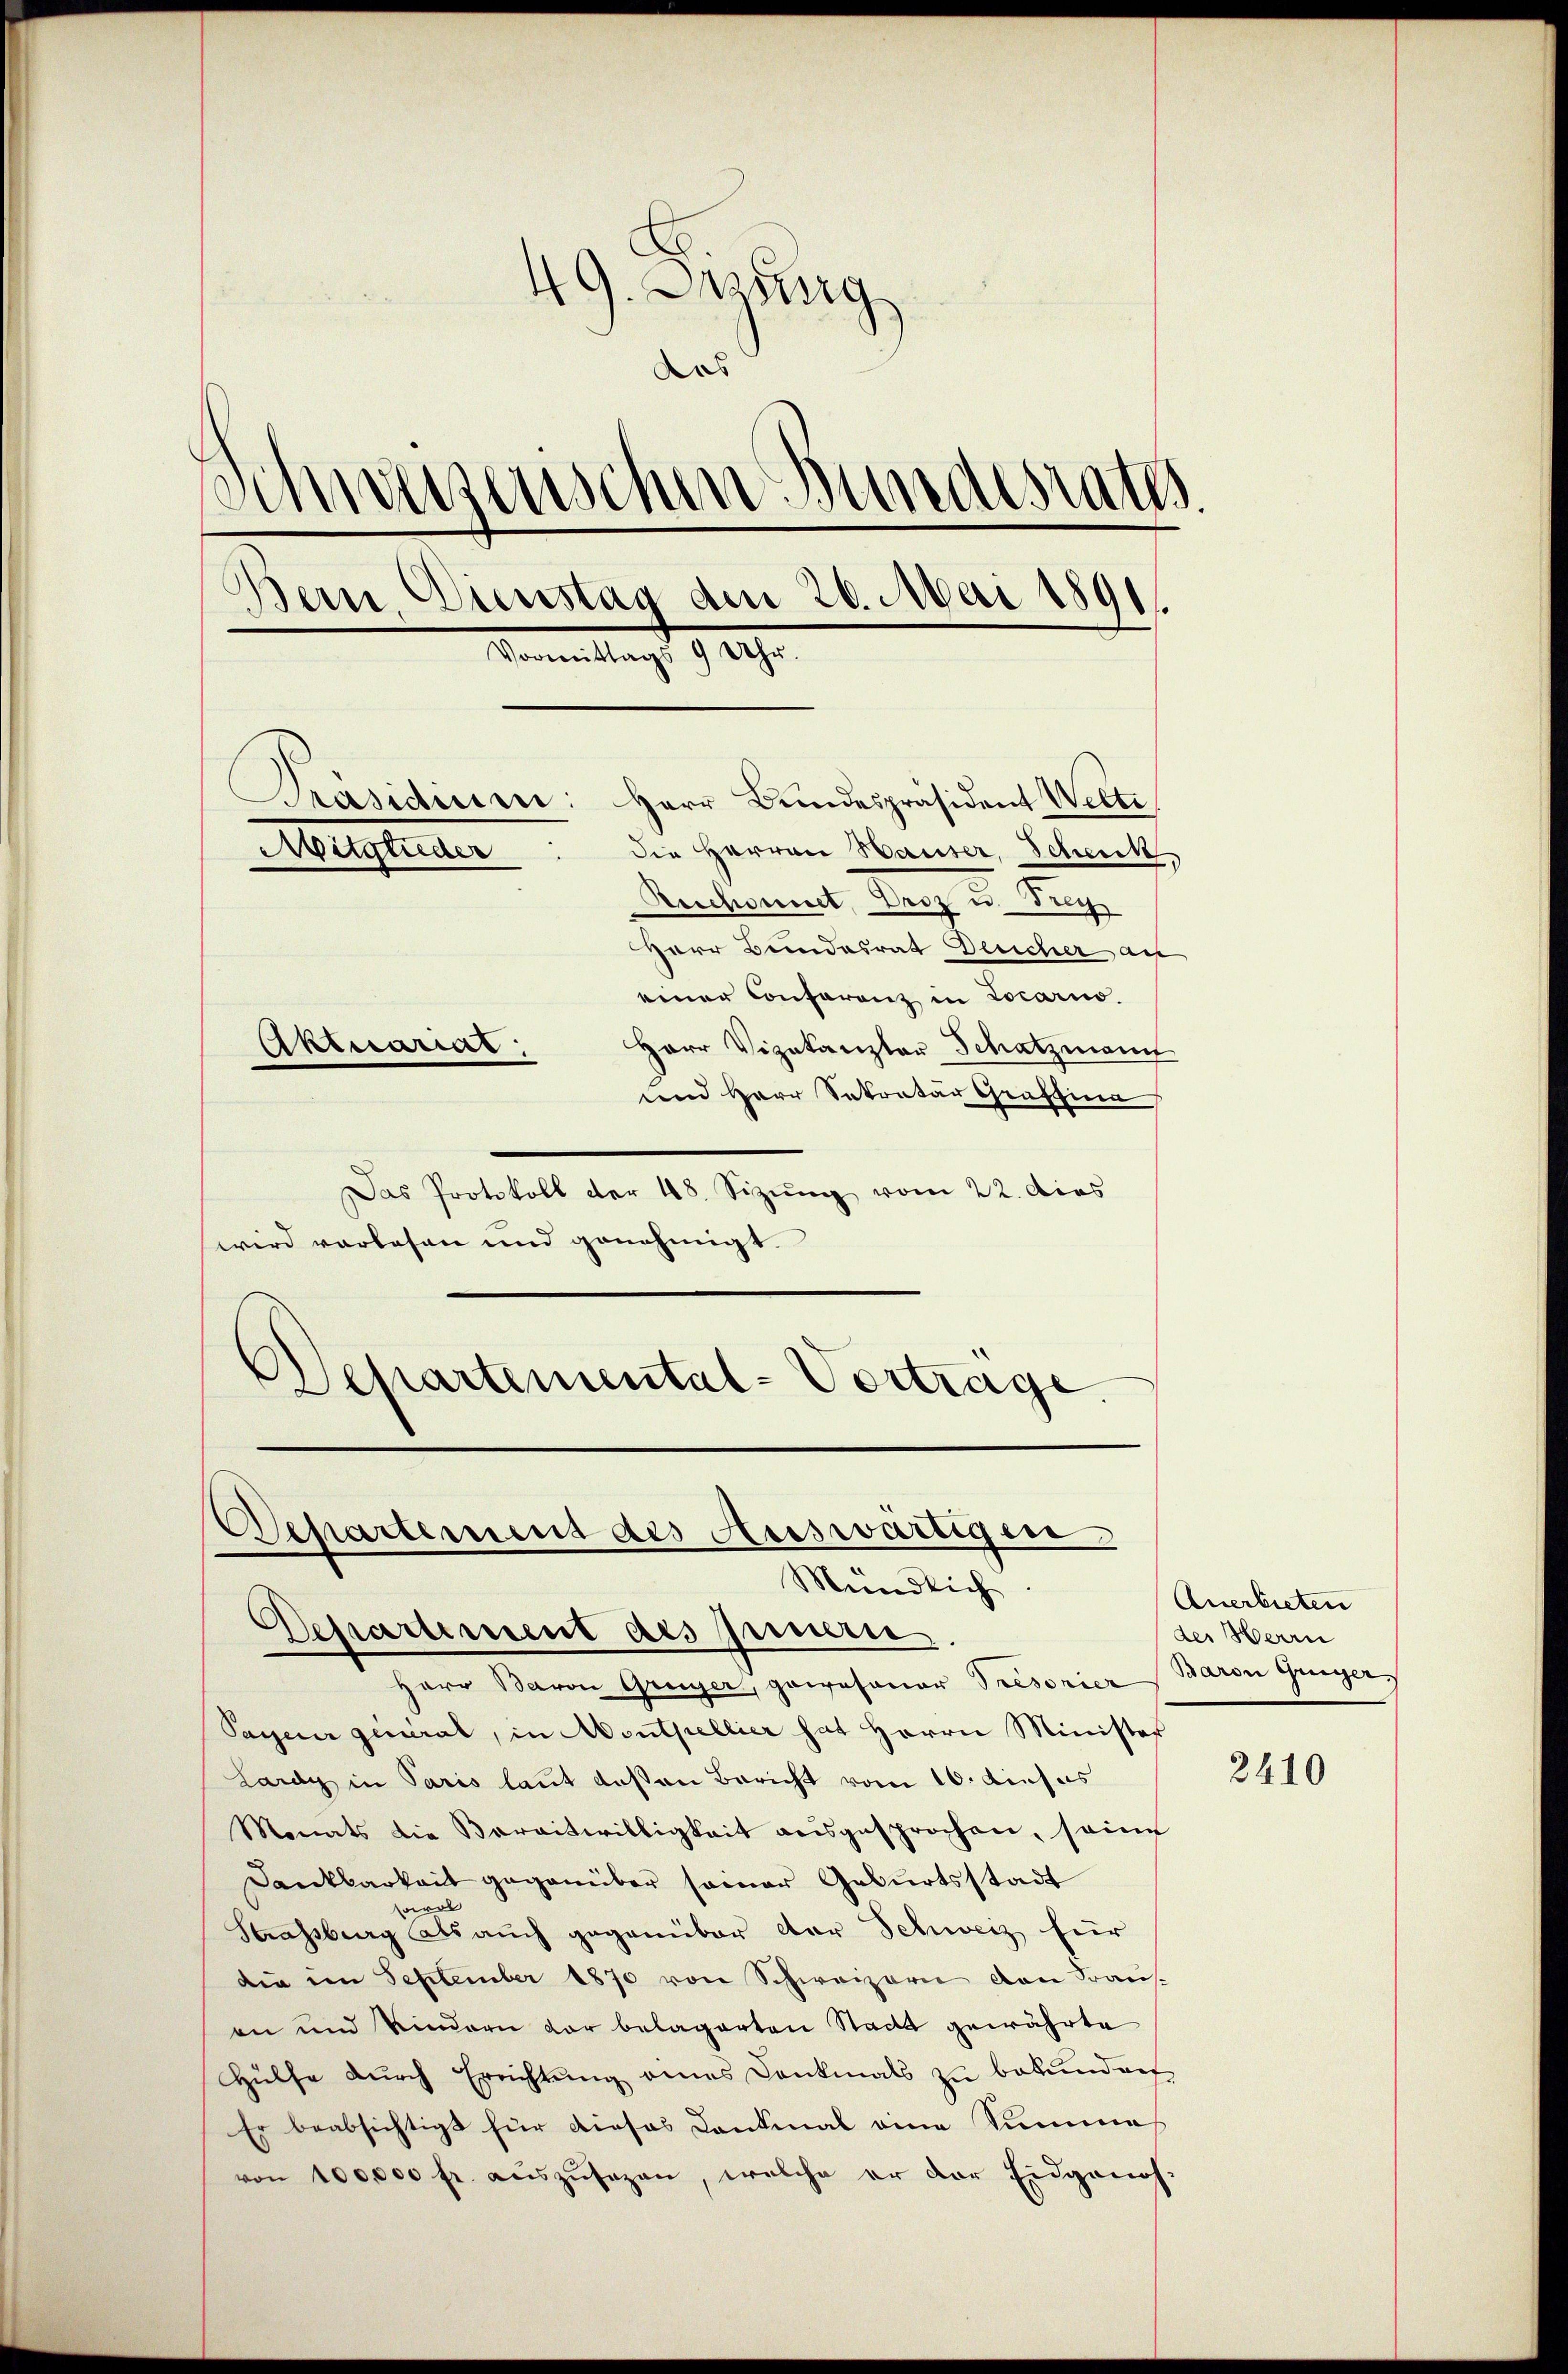
49. Aprirg
das
Schwerzenschen Bundesrates
s
Bern. Dienstag am 20. Mai 1891.
Vormittags 9 Uhr.
Präsidien: Herr Bundespräsident Welti
die Herren Hauser, Schenk,
Mitglieder
Reichwinnt, Droz u. Frey
Herr Bundesrat Deucher an
einer Conferenz in Locario.
Herr Vizekanzler Schatzmannt
Aktuariat
und Herr Sekretär Graffina

Das Protokoll der 48. Sizŭng vom 22. dies
wird vorlesen und genehmigt.
Separtemental-Vertrage.

Departement des Auswärtigen
Mündlich.

Departement des Innern
Herr Baron Greyer, gewesener Tresonier Baron Geiger
Pagener general, in Monthellier hat Herrn Minister
Lardy in Paris laut deßen Bericht vom 10. dieses
Monats die Baraitwilligkeit ausgesprochen, seine
Dankbarkeit gegenüber seiner Geburtsstadt
wrol
Strassburg als auch gegenüber der Schweiz für
die im September 1870 von Schweizern den Fraus-
an und Kindern vor belagerten Stadt gewährte
Hülfe durch Errichtung eines Dankmals zu bekunden
Er beabsichtigt für dieses Dankmal eine Summe
von 100000 fr. aŭszŭsezen, welche er der Eidgenos-

Anerbieten
der Herrn

2410